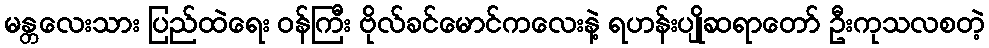
မန္တလေးသား ပြည်ထဲရေး ဝန်ကြီး ဗိုလ်ခင်မောင်ကလေးနဲ့ ရဟန်းပျိုဆရာတော် ဦးကုသလစတဲ့